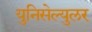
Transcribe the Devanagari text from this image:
युनिसेल्युलर